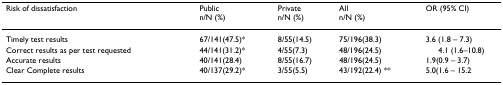
<table><thead><tr><td><b>Risk of dissatisfaction</b></td><td><b>Public n/N (%)</b></td><td><b>Private n/N (%)</b></td><td><b>All n/N (%)</b></td><td><b>OR (95% CI)</b></td></tr></thead><tbody><tr><td>Timely test results</td><td>67/141(47.5)*</td><td>8/55(14.5)</td><td>75/196(38.3)</td><td>3.6 (1.8 – 7.3)</td></tr><tr><td>Correct results as per test requested</td><td>44/141(31.2)*</td><td>4/55(7.3)</td><td>48/196(24.5)</td><td>4.1 (1.6–10.8)</td></tr><tr><td>Accurate results</td><td>40/141(28.4)</td><td>8/55(16.7)</td><td>48/196(24.5)</td><td>1.9(0.9 – 3.7)</td></tr><tr><td>Clear Complete results</td><td>40/137(29.2)*</td><td>3/55(5.5)</td><td>43/192(22.4) **</td><td>5.0(1.6 – 15.2</td></tr></tbody></table>